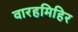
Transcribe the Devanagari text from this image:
वारहमिहिर